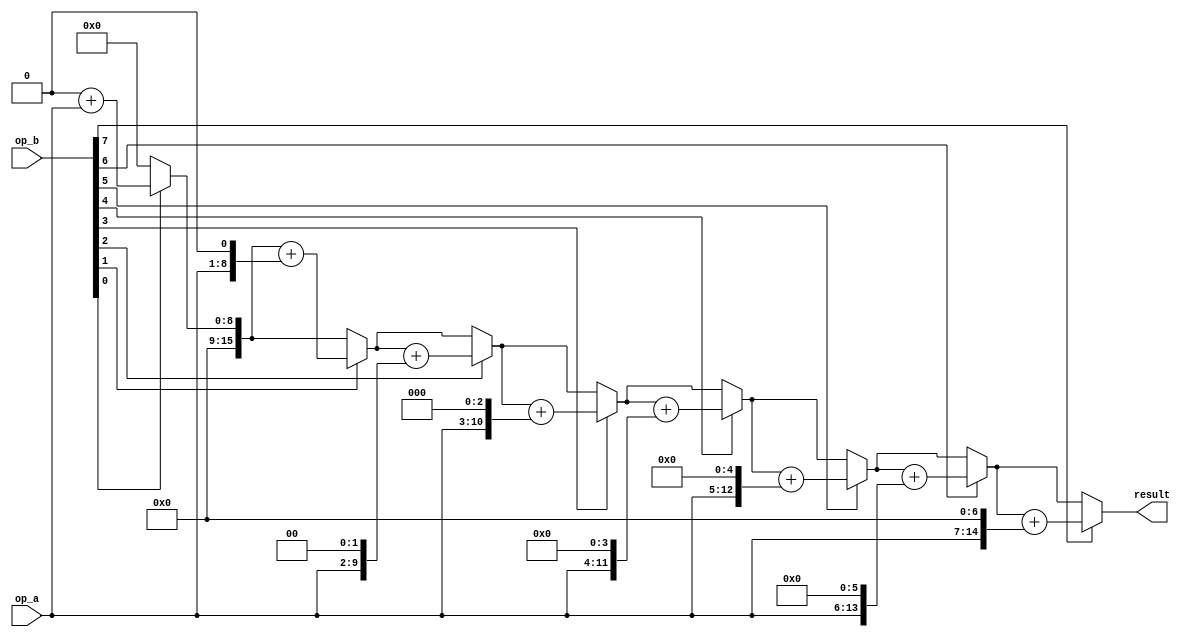
module multiplier_repeat (
    result,
    op_a,
    op_b
);
    parameter size = 8;
    input[size:1] op_a, op_b;
    output[2*size:1] result;
    reg[2*size:1] shift_opa;
    reg[2*size:1] result;
    reg[size:1] shift_opb;
    always @(op_a or op_b) begin
        result = 0;
        shift_opa = op_a;
        shift_opb = op_b;
        repeat(size) begin
            if(shift_opb[1]) result = result + shift_opa;
            shift_opa = shift_opa << 1;
            shift_opb = shift_opb >> 1;
        end
    end
endmodule